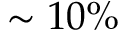
\sim 1 0 \%